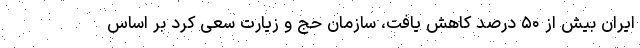
ایران بیش از ۵۰ درصد کاهش یافت، سازمان حج و زیارت سعی کرد بر اساس